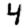
Digit: 4